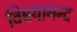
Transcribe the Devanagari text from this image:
विषयानन्द